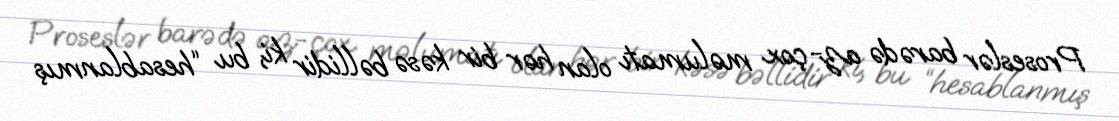
Proseslər barədə az-çox məlumatı olan hər bir kəsə bəllidir ki, bu “hesablanmış